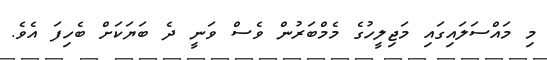
މި މައްސަލައިގައި މަޖިލީހުގެ މެމްބަރުން ވެސް ވަނީ ދެ ބަޔަކަށް ބެހިފަ އެވެ.